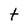
Character: t